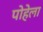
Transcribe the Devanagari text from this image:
पोहेला